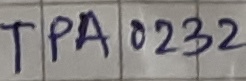
Text: TPA0232